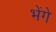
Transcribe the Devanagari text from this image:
भेंगे